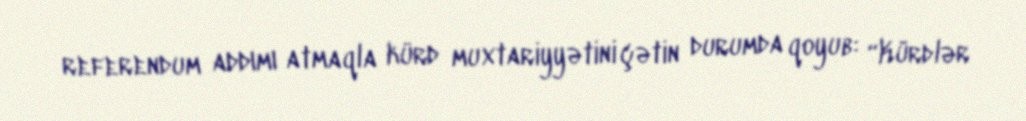
referendum addımı atmaqla kürd muxtariyyətini çətin durumda qoyub: “Kürdlər